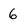
Character: 6